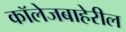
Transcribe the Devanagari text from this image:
कॉलेजबाहेरील